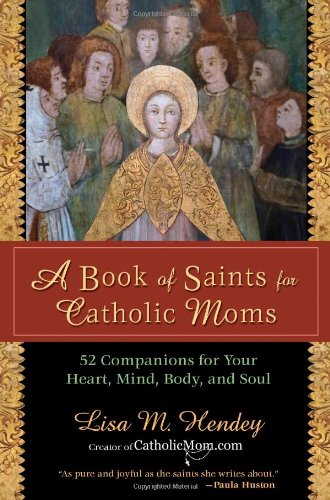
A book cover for A Book of Saints for Catholic Moms: 52 Companions for Your Heart, Mind, Body, and Soul (Ave Maria Press); Lisa M. Hendey; Christian Books & Bibles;